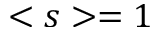
< s > = 1